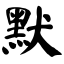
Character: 默